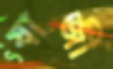
যাজী